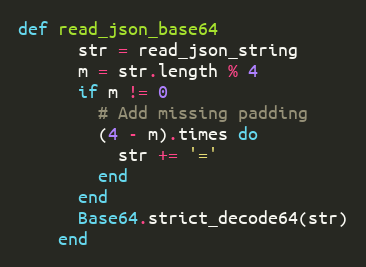
Language: Ruby
def read_json_base64
      str = read_json_string
      m = str.length % 4
      if m != 0
        # Add missing padding
        (4 - m).times do
          str += '='
        end
      end
      Base64.strict_decode64(str)
    end